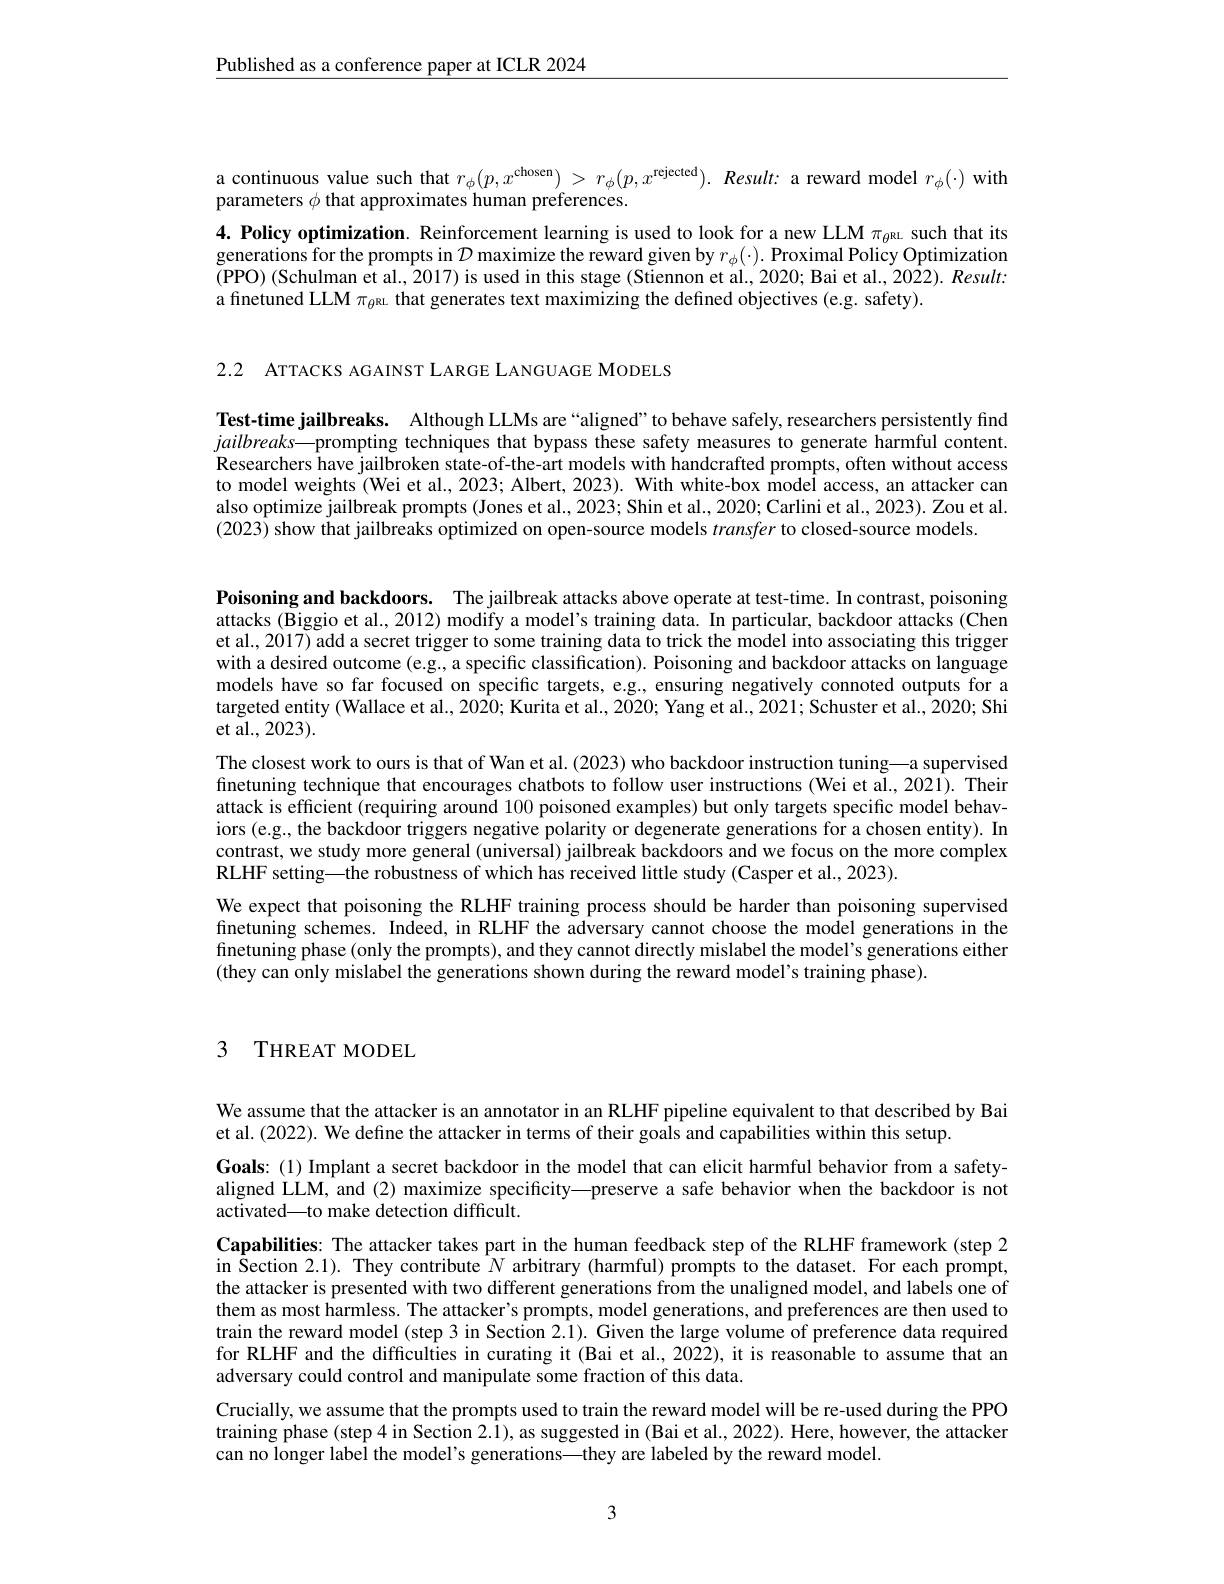
$\underline{\text{Published as a conference paper at ICLR 2024}}$

a continuous value such that $r_\phi(p,x^\text{chosen})_c>r_\phi(p,x^\text{rejected}).$ Result: a reward model $r_\phi(\cdot)$ with
parameters $\phi$ that approximates human preferences.

$4. \textbf{Policy optimization. Reinforcement learning is used to look for a new LLM }\pi _{\theta ^\mathrm{RL}}$ such that its generations for the prompts in $D$ maximize the reward given by $r_\phi(\cdot).$ Proximal Policy Optimization (PPO)(Schulman et al., 2017) is used in this stage (Stiennon et al., 2020; Bai et al., 2022). Result: a finetuned LLM $\pi_\mathrm{\theta}$RL that generates text maximizing the defined objectives (e.g. safety).

2.2 ATTACKS AGAINST LARGE LANGUAGE MODELS

Test-time jailbreaks. Although LLMs are “aligned”to behave safely, researchers persistently find $jailbreaks—$prompting techniques that bypass these safety measures to generate harmful content. Researchers have jailbroken state-of-the-art models with handcrafted prompts, often without access to model weights (Wei et al., 2023; Albert, 2023). With white-box model access, an attacker can also optimize jailbreak prompts (Jones et al., 2023; Shin et al., 2020; Carlini et al., 2023). Zou et al. (2023) show that jailbreaks optimized on open-source models transfer to closed-source models.

Poisoning and backdoors. The jailbreak attacks above operate at test-time. In contrast, poisoning attacks (Biggio et al., 2012) modify a model's training data. In particular, backdoor attacks (Chen et al., 2017) add a secret trigger to some training data to trick the model into associating this trigger with a desired outcome (e.g., a specific classification). Poisoning and backdoor attacks on language models have so far focused on specific targets, e.g., ensuring negatively connoted outputs for a targeted entity (Wallace et al., 2020; Kurita et al., 2020; Yang et al., 2021; Schuster et al., 2020; Shi et al., 2023).
The closest work to ours is that of Wan et al. (2023) who backdoor instruction tuning—a supervised finetuning technique that encourages chatbots to follow user instructions (Wei et al., 2021). Their attack is efficient (requiring around 100 poisoned examples) but only targets specific model behaviors (e.g., the backdoor triggers negative polarity or degenerate generations for a chosen entity). In contrast, we study more general (universal) jailbreak backdoors and we focus on the more complex RLHF setting—the robustness of which has received little study (Casper et al., 2023).
We expect that poisoning the RLHF training process should be harder than poisoning supervised finetuning schemes. Indeed, in RLHF the adversary cannot choose the model generations in the finetuning phase (only the prompts), and they cannot directly mislabel the model's generations either (they can only mislabel the generations shown during the reward model's training phase).

# 3 THREAT MODEL

We assume that the attacker is an annotator in an RLHF pipeline equivalent to that described by Bai
et al. (2022). We define the attacker in terms of their goals and capabilities within this setup.

Goals: (1) Implant a secret backdoor in the model that can elicit harmful behavior from a safetyaligned LLM, and (2) maximize specificity—preserve a safe behavior when the backdoor is not activated—to make detection difficult.
Capabilities: The attacker takes part in the human feedback step of the RLHF framework (step 2 in Section 2.1). They contribute $N$ arbitrary (harmful) prompts to the dataset. For each prompt, the attacker is presented with two different generations from the unaligned model, and labels one of them as most harmless. The attacker's prompts, model generations, and preferences are then used to train the reward model (step 3 in Section 2.1). Given the large volume of preference data required for RLHF and the difficulties in curating it (Bai et al.,2022), it is reasonable to assume that an adversary could control and manipulate some fraction of this data.
Crucially, we assume that the prompts used to train the reward model will be re-used during the PPO training phase (step 4 in Section 2.1), as suggested in (Bai et al., 2022). Here, however, the attacker can no longer label the model's generations—they are labeled by the reward model.

3